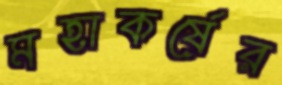
মহাকর্ষের